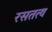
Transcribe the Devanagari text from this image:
रसतत्व